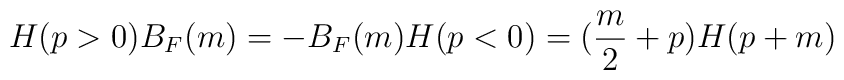
H(p>0)B_F(m) = -B_F(m)H(p<0) = (\frac{m}{2} +p)H(p+m)